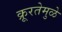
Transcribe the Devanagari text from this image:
क्रूरतेमुळे